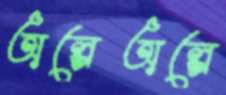
অল্পেঅল্পে